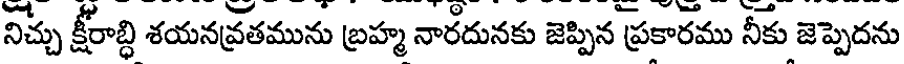
నిచ్చు క్షీరాబ్ధి శయనవ్రతమును బ్రహ్మ నారదునకు జెప్పిన ప్రకారము నీకు జెప్పెదను